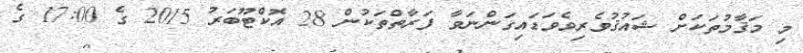
މި މަޤާމުތަކަށް ޝައުޤުވެރިވެވަޑައިގަންނަވާ ފަރާތްތަކުން 28 އޮކްޓޫބަރު 2015 ގެ 17:00 ގެ